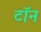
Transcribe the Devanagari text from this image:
टॉन